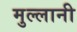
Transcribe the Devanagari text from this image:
मुल्लानी